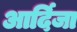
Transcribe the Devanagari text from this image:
आर्दिजा